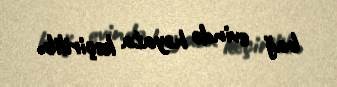
bağ evində həyata keçirilib.